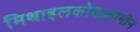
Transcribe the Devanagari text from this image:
मिथाइलकोबालामीन